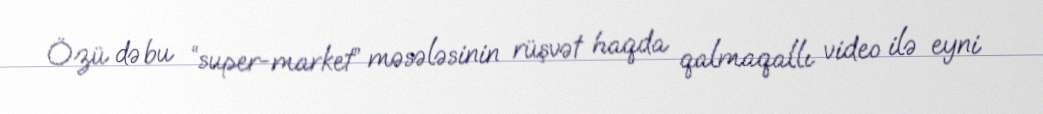
Özü də bu “super-market” məsələsinin rüşvət haqda qalmaqallı video ilə eyni